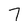
Character: 7